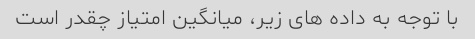
با توجه به داده های زیر، میانگین امتیاز چقدر است